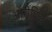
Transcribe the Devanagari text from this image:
औरोविल्ले